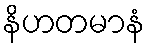
နိဟတမာနံ